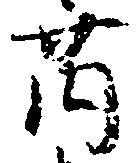
薗